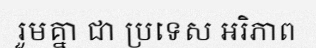
រួមគ្នា ជា ប្រទេស អរិភាព